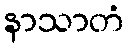
နာသာတံ